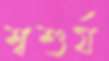
শ্বশুর্য